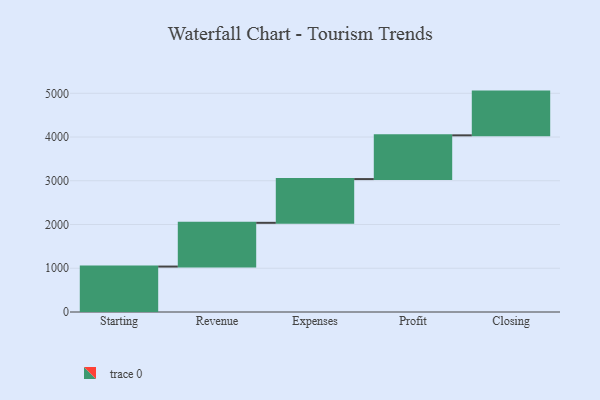
{"axis": {"x": "Step", "y": "Value"}, "legend": [""], "data": [{"x": "Starting", "y": 1039.0, "type": ""}, {"x": "Revenue", "y": 1000, "type": ""}, {"x": "Expenses", "y": 1000, "type": ""}, {"x": "Profit", "y": 1000, "type": ""}, {"x": "Closing", "y": 1000, "type": ""}]}